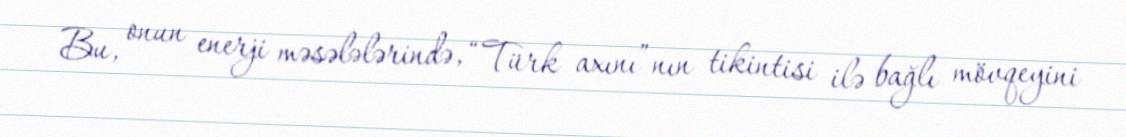
Bu, onun enerji məsələlərində, “Türk axını”nın tikintisi ilə bağlı mövqeyini